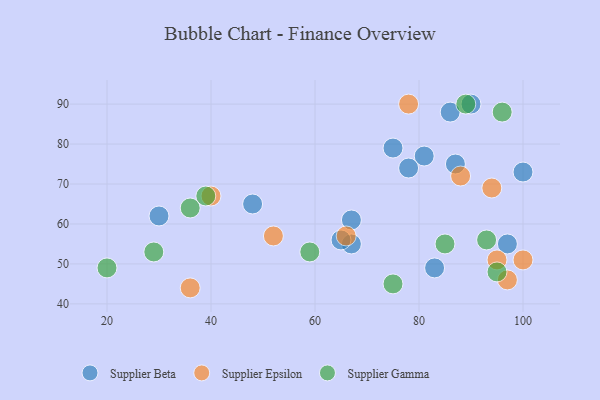
{"axis": {"x": "GDP", "y": "Life Expectancy"}, "legend": ["Supplier Beta", "Supplier Epsilon", "Supplier Gamma"], "data": [{"x": "81", "y": 77, "type": "Supplier Beta"}, {"x": "86", "y": 88, "type": "Supplier Beta"}, {"x": "100", "y": 73, "type": "Supplier Beta"}, {"x": "83", "y": 49, "type": "Supplier Beta"}, {"x": "75", "y": 79, "type": "Supplier Beta"}, {"x": "78", "y": 74, "type": "Supplier Beta"}, {"x": "48", "y": 65, "type": "Supplier Beta"}, {"x": "67", "y": 55, "type": "Supplier Beta"}, {"x": "65", "y": 56, "type": "Supplier Beta"}, {"x": "67", "y": 61, "type": "Supplier Beta"}, {"x": "97", "y": 55, "type": "Supplier Beta"}, {"x": "87", "y": 75, "type": "Supplier Beta"}, {"x": "90", "y": 90, "type": "Supplier Beta"}, {"x": "30", "y": 62, "type": "Supplier Beta"}, {"x": "94", "y": 69, "type": "Supplier Epsilon"}, {"x": "88", "y": 72, "type": "Supplier Epsilon"}, {"x": "95", "y": 51, "type": "Supplier Epsilon"}, {"x": "40", "y": 67, "type": "Supplier Epsilon"}, {"x": "100", "y": 51, "type": "Supplier Epsilon"}, {"x": "66", "y": 57, "type": "Supplier Epsilon"}, {"x": "52", "y": 57, "type": "Supplier Epsilon"}, {"x": "36", "y": 44, "type": "Supplier Epsilon"}, {"x": "78", "y": 90, "type": "Supplier Epsilon"}, {"x": "97", "y": 46, "type": "Supplier Epsilon"}, {"x": "93", "y": 56, "type": "Supplier Gamma"}, {"x": "20", "y": 49, "type": "Supplier Gamma"}, {"x": "75", "y": 45, "type": "Supplier Gamma"}, {"x": "89", "y": 90, "type": "Supplier Gamma"}, {"x": "36", "y": 64, "type": "Supplier Gamma"}, {"x": "39", "y": 67, "type": "Supplier Gamma"}, {"x": "85", "y": 55, "type": "Supplier Gamma"}, {"x": "95", "y": 48, "type": "Supplier Gamma"}, {"x": "96", "y": 88, "type": "Supplier Gamma"}, {"x": "29", "y": 53, "type": "Supplier Gamma"}, {"x": "59", "y": 53, "type": "Supplier Gamma"}]}